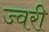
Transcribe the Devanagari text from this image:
ज्वरी